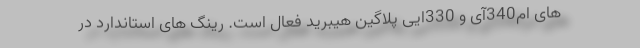
های ام340آی و 330ایی پلاگین هیبرید فعال است. رینگ های استاندارد در